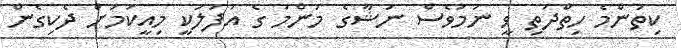
ކިތަންމެ ހިތްދަތި ވީ ނަމަވެސް ނަޝާގެ މަންމަ ގެ އުފަލަކީ މިއީކަމަށް ދެކިގެން